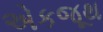
એકજૂથ